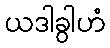
ယဒါခွါဟံ